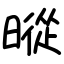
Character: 暰